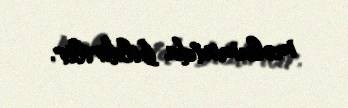
məlumatda bildirilir.